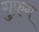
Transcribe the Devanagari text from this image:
गुफग